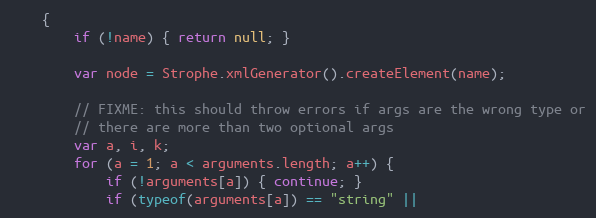
Language: JavaScript
    {
        if (!name) { return null; }

        var node = Strophe.xmlGenerator().createElement(name);

        // FIXME: this should throw errors if args are the wrong type or
        // there are more than two optional args
        var a, i, k;
        for (a = 1; a < arguments.length; a++) {
            if (!arguments[a]) { continue; }
            if (typeof(arguments[a]) == "string" ||